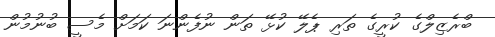
ބްރެޒިލްގެ ކުރީގެ ތަރި ޕެލޭ ކުޅޭ ތަން ނުފެންނަ ކަމަށް މެސީ ބުނުމުން